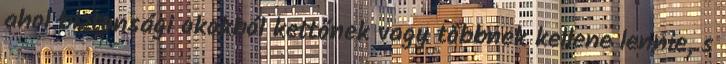
ahol biztonsági okokból kettőnek vagy többnek kellene lennie, s